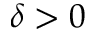
\delta > 0